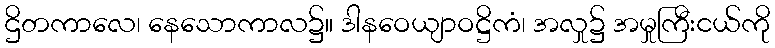
ဌိတကာလေ၊ နေသောကာလ၌။ ဒါနဝေယျာဝဋ္ဌိကံ၊ အလှု၌ အမှုကြီးငယ်ကို